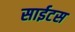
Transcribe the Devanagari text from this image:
साईटस